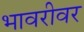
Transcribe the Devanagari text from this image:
भावरीवर